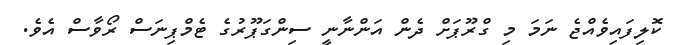
ކޮލިފައިވެއްޖެ ނަމަ މި ގްރޫޕަށް ދެން އަންނާނީ ސިންގަޕޫރުގެ ޓެމްޕިނަސް ރޯވާސް އެވެ.